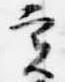
実